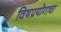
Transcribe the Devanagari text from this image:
विषप्रयोगाचा